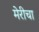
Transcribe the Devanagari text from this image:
मेरीचा